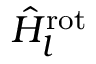
\hat { H } _ { l } ^ { \mathrm { r o t } }